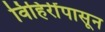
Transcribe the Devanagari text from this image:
विहिरींपासून